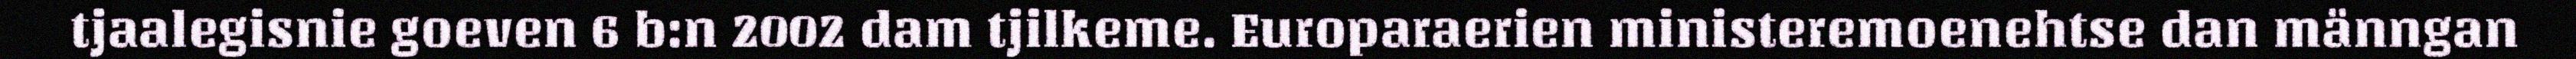
tjaalegisnie goeven 6 b:n 2002 dam tjilkeme. Europaraerien ministeremoenehtse dan männgan